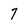
Character: 7